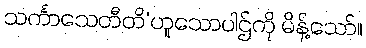
သင်္ကာသေတီတိ’ဟူသောပါဌ်ကို မိန့်သော်။